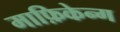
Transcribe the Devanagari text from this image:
माफ़िकेन्ग